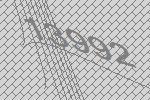
13992